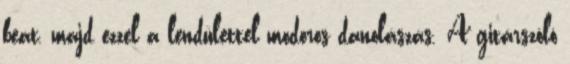
beat, majd ezzel a lendülettel modoros danolászás. A gitárszóló